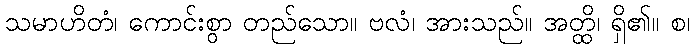
သမာဟိတံ၊ ကောင်းစွာ တည်သော။ ဗလံ၊ အားသည်။ အတ္ထိ၊ ရှိ၏။ စ၊